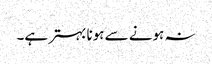
نہ ہونے سے ہونا بہتر ہے۔